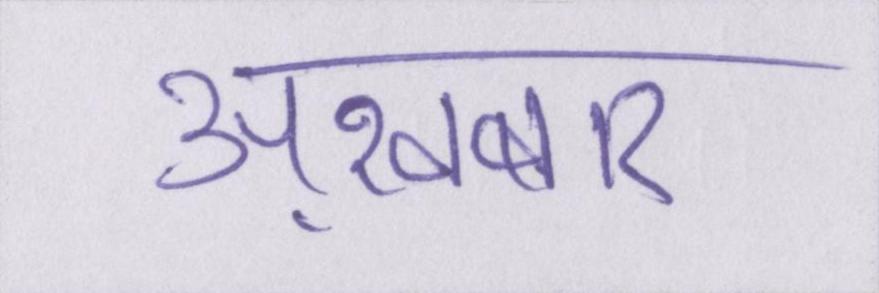
अख़बार